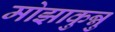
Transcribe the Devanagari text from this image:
मोझाकुन्नु